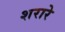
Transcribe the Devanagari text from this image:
शरारे